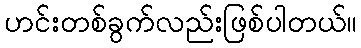
ဟင်းတစ်ခွက်လည်းဖြစ်ပါတယ်။